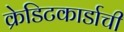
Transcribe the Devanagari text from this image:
क्रेडिटकार्डाची